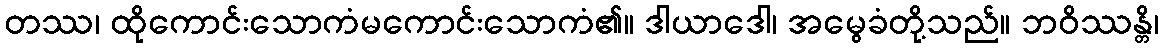
တဿ၊ ထိုကောင်းသောကံမကောင်းသောကံ၏။ ဒါယာဒေါ၊ အမွေခံတို့သည်။ ဘဝိဿန္တိ၊